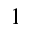
^ 1